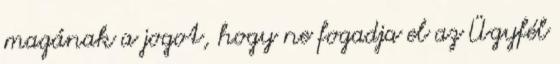
magának a jogot, hogy ne fogadja el az Ügyfél